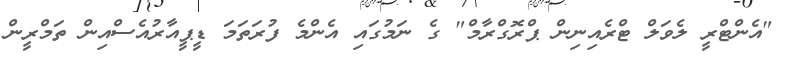
"އެންޓްރީ ލެވަލް ޓްރެއިނިން ޕްރޮގްރާމް" ގެ ނަމުގައި އެންމެ ފުރަތަމަ ޑީޕީއާރުއެސްއިން ތަމްރީން